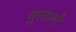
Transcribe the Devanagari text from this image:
जुलाली